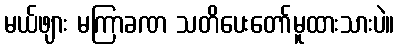
မယ်ဖျား မကြာခဏ သတိပေးတော်မူထားသားပဲ။